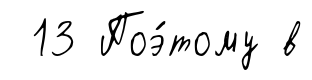
13 Поэ́тому в